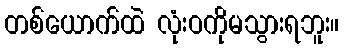
တစ်ယောက်ထဲ လုံးဝကိုမသွားရဘူး။